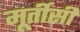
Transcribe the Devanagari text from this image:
मूर्तीसी